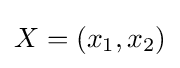
X=(x_{1},x_{2})